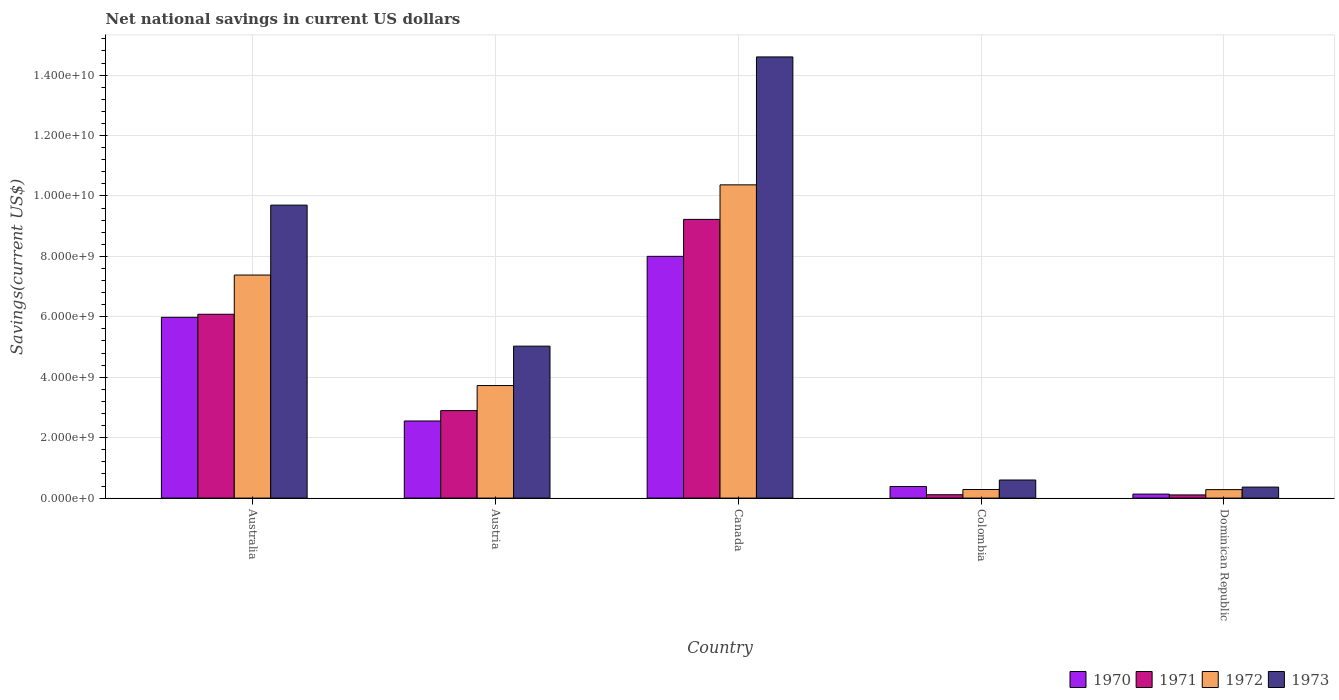
| Country | 1970 | 1971 | 1972 | 1973 |
 | --- | --- | --- | --- | --- |
 | Australia | 5.98e+09 | 6.09e+09 | 7.38e+09 | 9.7e+09 |
 | Austria | 2.55e+09 | 2.9e+09 | 3.73e+09 | 5.03e+09 |
 | Canada | 8e+09 | 9.23e+09 | 1.04e+10 | 1.46e+10 |
 | Colombia | 3.83e+08 | 1.11e+08 | 2.84e+08 | 5.98e+08 |
 | Dominican Republic | 1.33e+08 | 1.05e+08 | 2.8e+08 | 3.65e+08 |